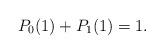
LaTeX: \begin{align*}P_{0}(1) + P_{1}(1) = 1.\end{align*}